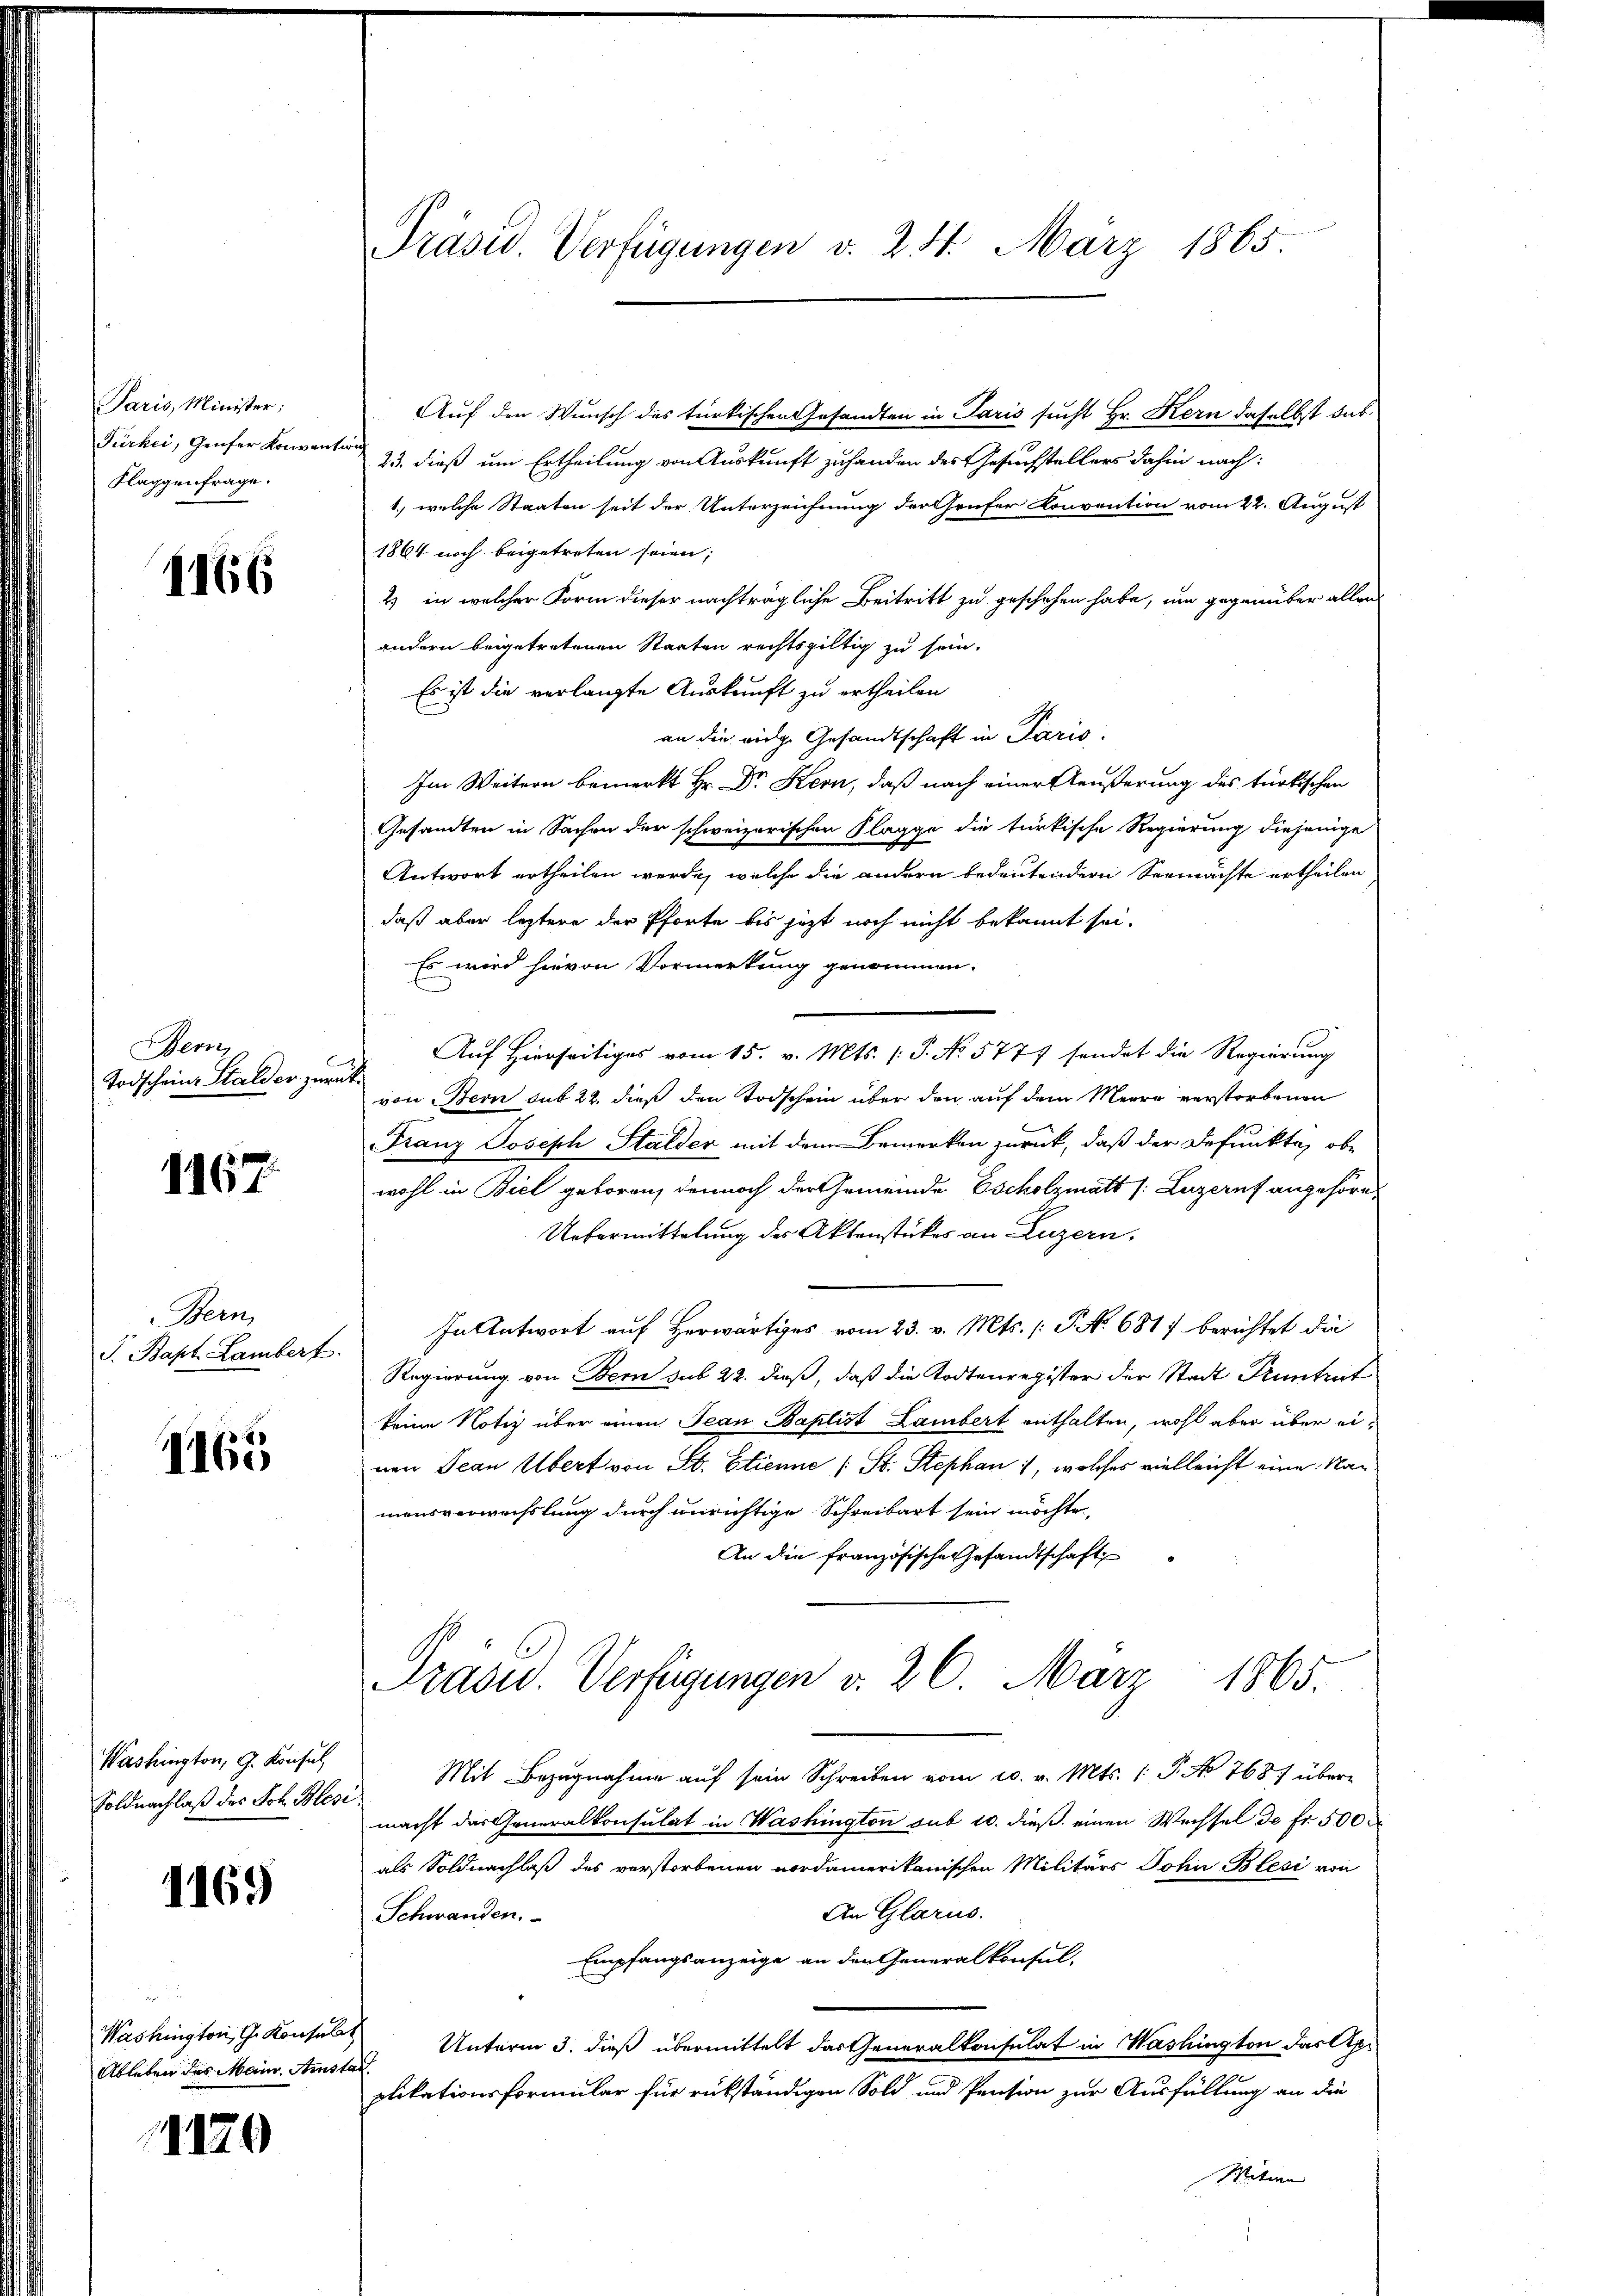
Paris, Minister;
Fürkei, Genfer Konvent
Flaggenfrage.

1166

Bern,
B
Todschein Stalder zurück

1167

Bern,
S. Bapt. Lambert.

1165

Washington, G. Konsul
Soldnachlaß des Joh. Blesi

1169

Washington, Gr. Konsula
Ableben des Maur. Amst

11129

Präsid. Verfügungen d. 25. März 1865.

Auf den Wunsch des türkischen Gesandten in Paris sucht Hr. Kern daselbst das
23. dieß um Ertheilung von Auskunft zuhanden des Gesuchstellers dahin nach¬
1.), welche Staaten seit der Unterzeichnung der heufer Konvention vom 22. August
1864 noch beigetreten seien;
2) in welcher Form dieser nachträgliche Beitritt zu geschehen habe, um gegenüber allen
andern beigetretenen Staaten rechtsgültig zu sein.
Es ist die verlangte Auskunft zu ertheilen
an die vide Gesandtschaft in Paris.
Im Weitern bemerkt Hr. Dr Kern, daß nach einer Aeußerung des türkischen
Gesandten in Sachen der schweizerischen Klagge die türkische Regierung diejenige
Antwort ertheilen werde, welche die andern bedeutendern Seemachte ertheilen
daß aber leztere der Pforte bis jezt noch nicht bekannt sei.
Es wird hievon Vormerkung genommen.
Auf Hierseitiges vom 15. v. Mts. (T. No 5777 sendet die Regierung
von Bern sub 22. dieß den Todschein über den auf dem Meere verstorbenen
Franz Joseph Stalder mit dem Bemerken zurück, daß der defunkte, obe
wohl in Biel geboren, dennoch der Gemeinde Escholzmatt (Luzern angehöre
Uebermittelung der Aktenstückes an Luzern,
In Antwort auf Herwärtiges vom 23. v. Mts. (T. No 681) berichtet die
Regierung von Bern sub 22. dieß, daß die Todtenregister der Stadt Kuntrut
keine Notiz über einen Jean Baptist Lambert enthalten, wohl aber über eivon Jean Übert von St. Etienne (St. Stephan 1, welches vielleicht eine Namensverwechslung durch unrichtige Schreibart sein möchte,
An die französische Gesandtschaft
Präsid. Verfügungen d. 26. März 1865.
Mit Bezugnahme aŭf sein Schreiben vom 20. v. Mts. 1. P. No 768.) über
macht das eneralkonsulat in Washington sub 10. dieß einen Wechsel de fr. 500
als Soldnachlaß des verstorbenen nordamerikanischen Militärs Johir Blesi von
An Glarus.
Schwanden.
Empfangsanzeige an den Generalkonsul-
Unterm 3. dieß übermittelt das Generalkonsulat in Washington das Applikationsformular für rükständigen Sold und Pension zur Ausfüllung an die
Motive |